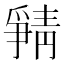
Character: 𲊖